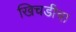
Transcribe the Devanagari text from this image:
खिचडीचा